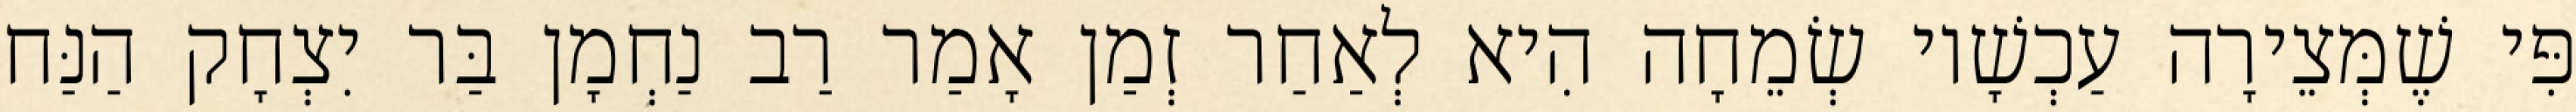
פִּי שֶׁמְּצֵירָה עַכְשָׁיו שְׂמֵחָה הִיא לְאַחַר זְמַן אָמַר רַב נַחְמָן בַּר יִצְחָק הַנַּח